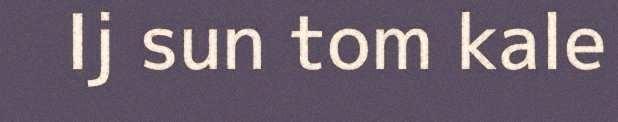
Ij sun tom kale